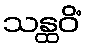
သန္ထဝိံ